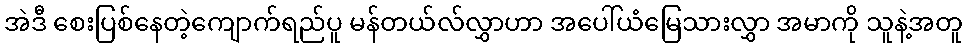
အဲဒီ စေးပြစ်နေတဲ့ကျောက်ရည်ပူ မန်တယ်လ်လွှာဟာ အပေါ်ယံမြေသားလွှာ အမာကို သူနဲ့အတူ